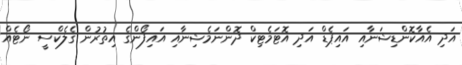
އަދި އެއާކޮންޑިޝަނާއި އައިޕެޑް އަދި އޮޓަމެޓިކް ދޮންނަމެޝިނާއި އައިފޯންގެ އިތުރުން ގެލެކްސީ ނޯޓެއް